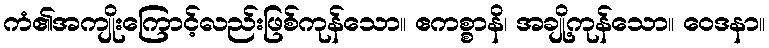
ကံ၏အကျိုးကြောင့်လည်းဖြစ်ကုန်သော။ ဧကစ္စာနိ၊ အချို့ကုန်သော။ ဝေဒနာ။